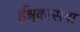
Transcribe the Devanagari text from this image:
ईश्र्वरसेवा